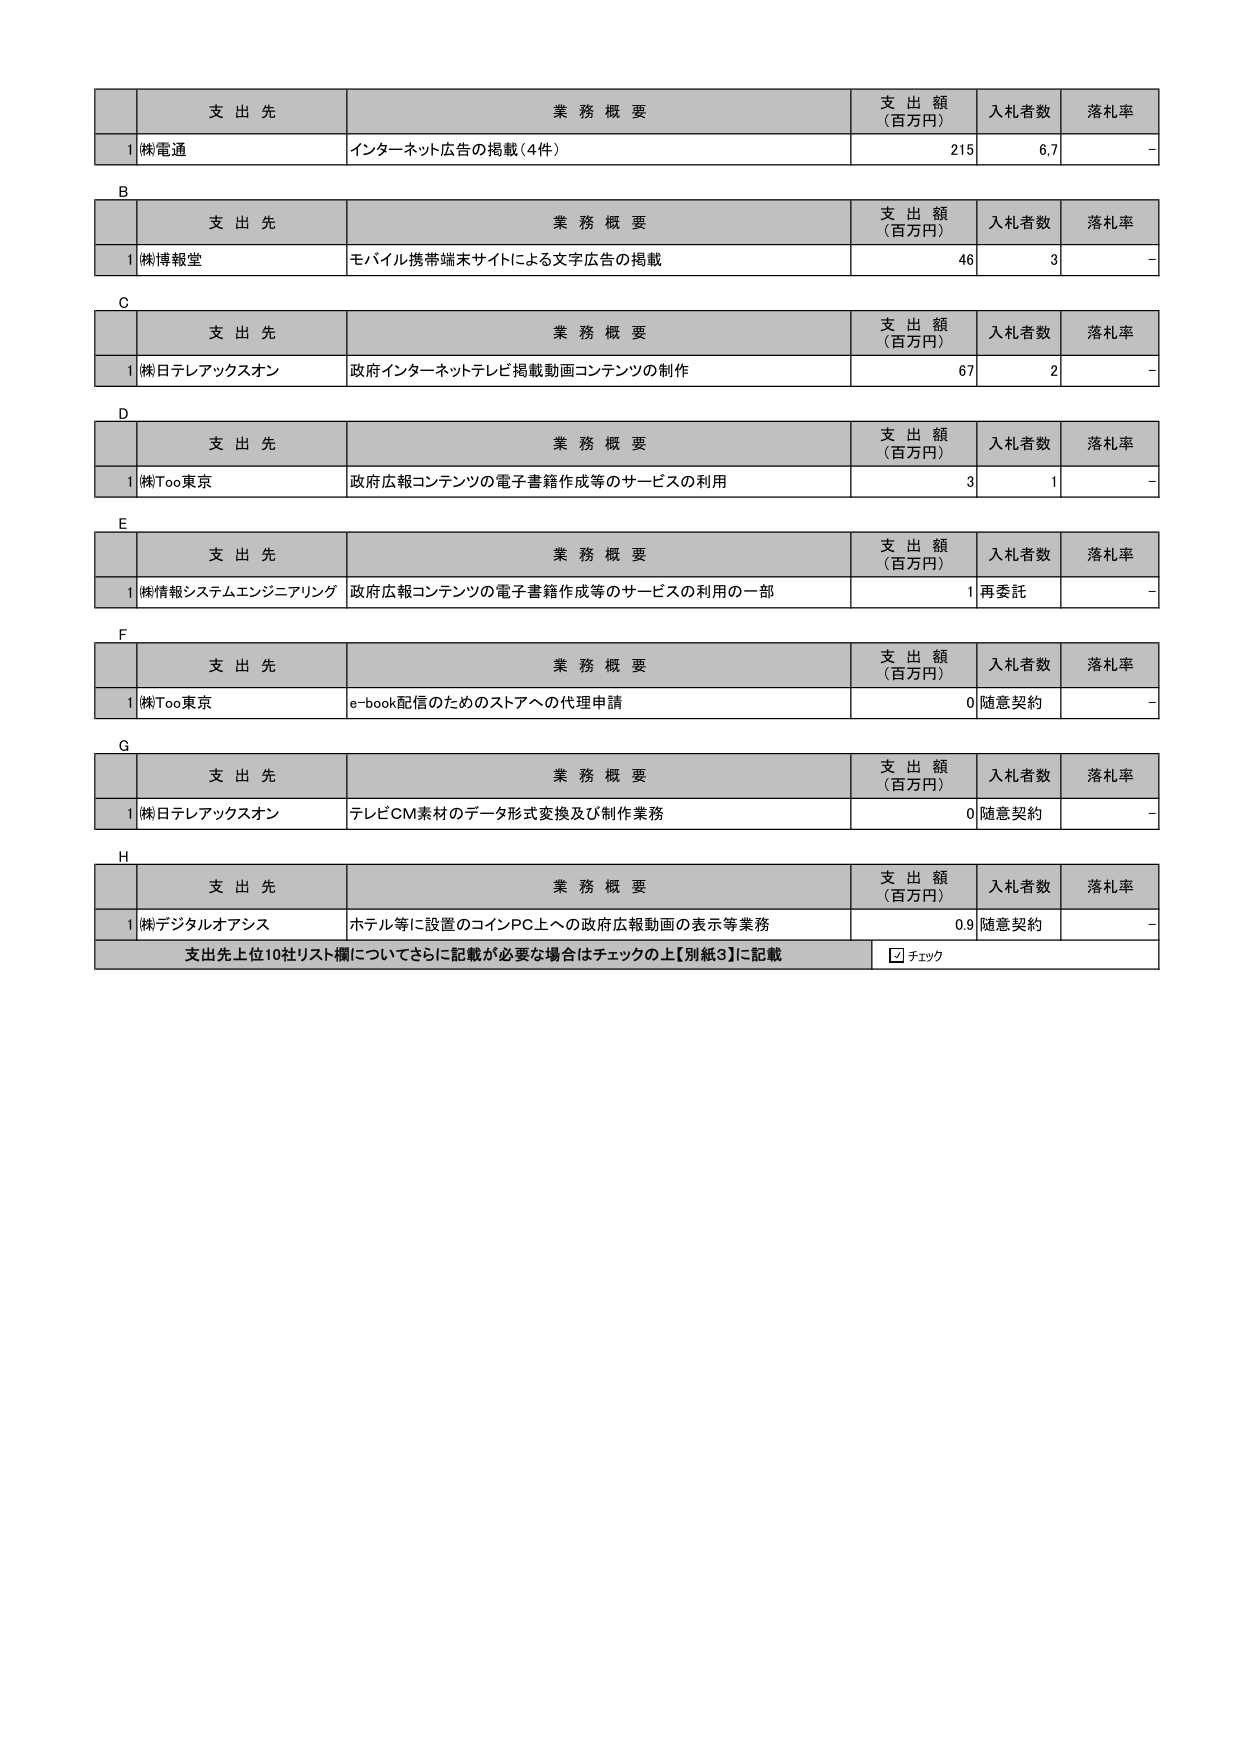
支 出 先 業 務 概 要 支 出 額 （百万円） 入札者数 落札率
1 ㈱電通 インターネット広告の掲載（4件） 215 6,7 -
B
支 出 先 業 務 概 要 支 出 額 （百万円） 入札者数 落札率
1 ㈱博報堂 モバイル携帯端末サイトによる文字広告の掲載 46 3 -
C
支 出 先 業 務 概 要 支 出 額 （百万円） 入札者数 落札率
1 ㈱日テレアックスオン 政府インターネットテレビ掲載動画コンテンツの制作 67 2 -
D
支 出 先 業 務 概 要 支 出 額 （百万円） 入札者数 落札率
1 ㈱Too東京 政府広報コンテンツの電子書籍作成等のサービスの利用 3 1 -
E
支 出 先 業 務 概 要 支 出 額 （百万円） 入札者数 落札率
1 ㈱情報システムエンジニアリング 政府広報コンテンツの電子書籍作成等のサービスの利用の一部 1 再委託 -
F
支 出 先 業 務 概 要 支 出 額 （百万円） 入札者数 落札率
1 ㈱Too東京 e-book配信のためのストアへの代理申請 0 随意契約 -
G
支 出 先 業 務 概 要 支 出 額 （百万円） 入札者数 落札率
1 ㈱日テレアックスオン テレビCM素材のデータ形式変換及び制作業務 0 随意契約 -
H
支 出 先 業 務 概 要 支 出 額 （百万円） 入札者数 落札率
1 ㈱デジタルオアシス ホテル等に設置のコインPCへの政府広報動画の表示等業務 0.9 随意契約 -
支出先上位10社リスト欄についてさらに記載が必要な場合はチェックの上【別紙3】に記載 □ チェック